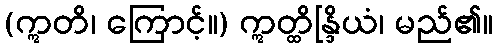
(ဣတိ၊ ကြောင့်။) ဣတ္ထိန္ဒြိယံ၊ မည်၏။